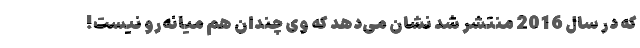
که در سال 2016 منتشر شد نشان می‌دهد که وی چندان هم میانه‌رو نیست!